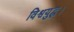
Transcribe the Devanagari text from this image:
विश्वयुद्ध।